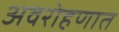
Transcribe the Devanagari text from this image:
अवरोहणात